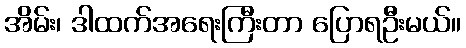
အိမ်း၊ ဒါထက်အရေးကြီးတာ ပြောရဦးမယ်။